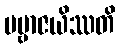
ပဗ္ဗာဇယိဿတိ